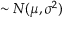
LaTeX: \sim N ( \mu , \sigma ^ { 2 } )